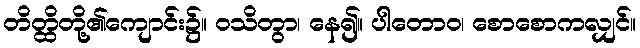
တိတ္ထိတို့၏ကျောင်း၌။ ဝသိတွာ၊ နေ၍။ ပါတောဝ၊ စောစောကလျှင်။